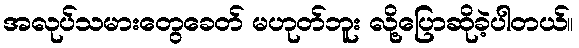
အလုပ်သမားတွေခေတ် မဟုတ်ဘူး လို့ပြောဆိုခဲ့ပါတယ်။